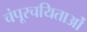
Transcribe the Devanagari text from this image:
चंपूरचयिताओं